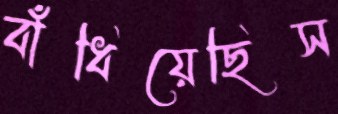
বাঁধিয়েছিস